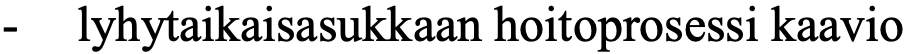
-  lyhytaikaisasukkaan hoitoprosessi kaavio